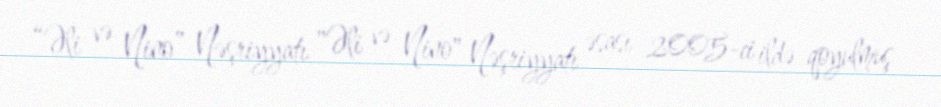
“Əli və Nino” Nəşriyyatı "Əli və Nino" Nəşriyyatı əsası 2005-ci ildə qoyulmuş